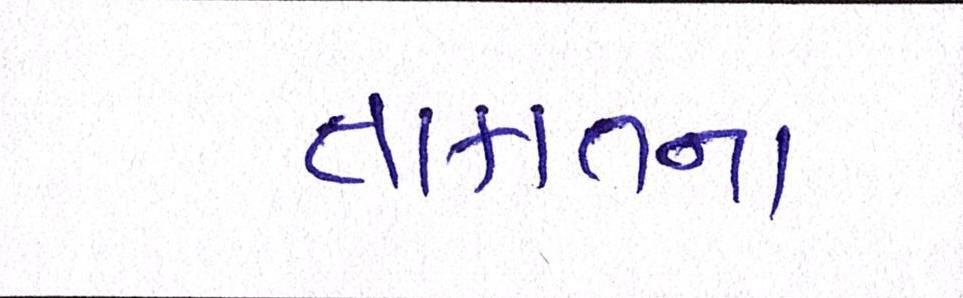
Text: તાકાતના